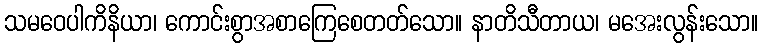
သမဝေပါကိနိယာ၊ ကောင်းစွာအစာကြေစေတတ်သော။ နာတိသီတာယ၊ မအေးလွန်းသော။